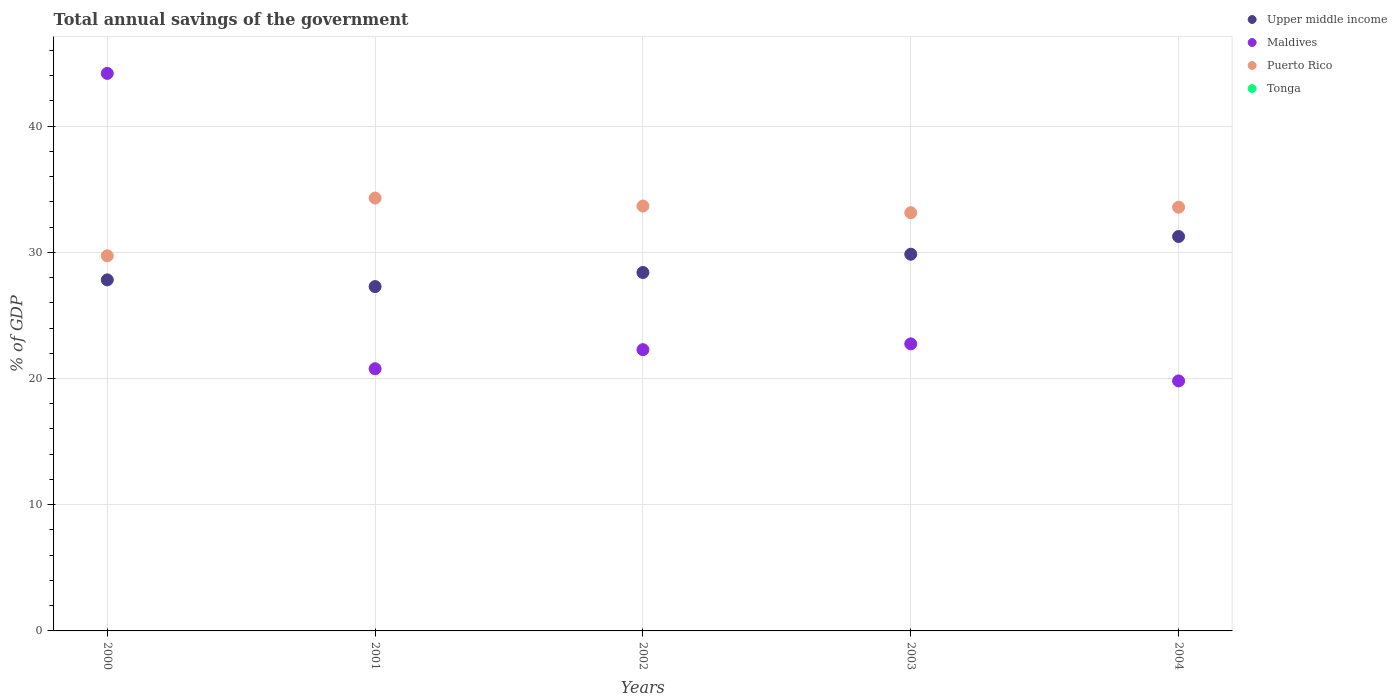
| Years | Upper middle income | Maldives | Puerto Rico | Tonga |
 | --- | --- | --- | --- | --- |
 | 2000 | 27.8 | 44.2 | 29.7 | -10.7 |
 | 2001 | 27.3 | 20.8 | 34.3 | -11.1 |
 | 2002 | 28.4 | 22.3 | 33.7 | -12.3 |
 | 2003 | 29.8 | 22.7 | 33.1 | -13.2 |
 | 2004 | 31.3 | 19.8 | 33.6 | -14.2 |